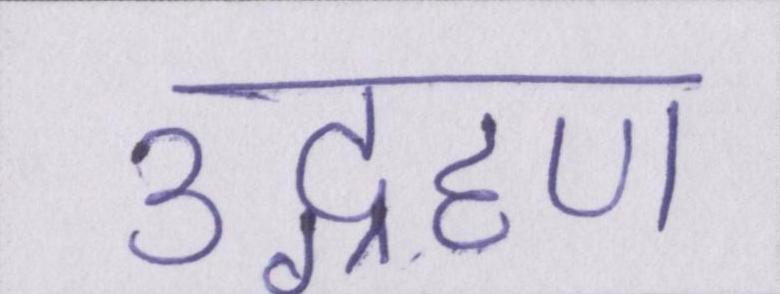
उद्ग्रहण